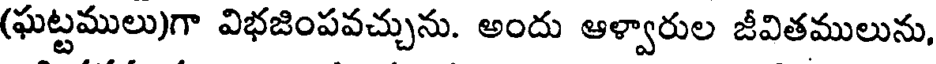
(ఘట్టములు)గా విభజింపవచ్చును. అందు ఆళ్వారుల జీవితములును,